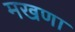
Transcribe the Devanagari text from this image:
मखणा